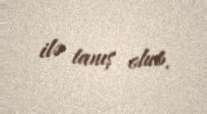
ilə tanış olub.